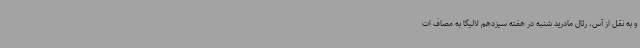
و به نقل از آس، رئال مادرید شنبه در هفته سیزدهم لالیگا به مصاف ات